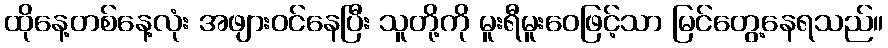
ထိုနေ့တစ်နေ့လုံး အဖျားဝင်နေပြီး သူတို့ကို မူးရီမူးဝေဖြင့်သာ မြင်တွေ့နေရသည်။